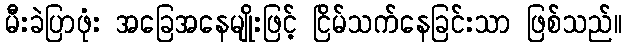
မီးခဲပြာဖုံး အခြေအနေမျိုးဖြင့် ငြိမ်သက်နေခြင်းသာ ဖြစ်သည်။